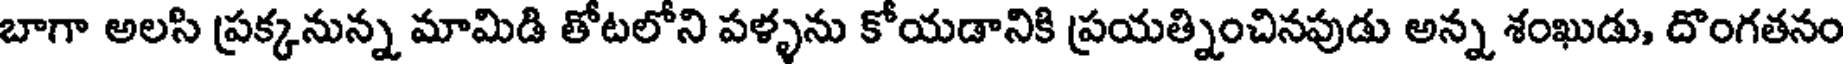
బాగా అలసి ప్రక్కనున్న మామిడి తోటలోని పళ్ళను కోయడానికి ప్రయత్నించినపుడు అన్న శంఖుడు, దొంగతనం